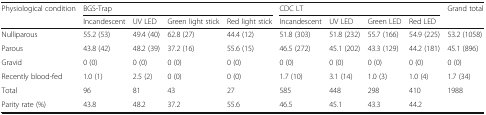
| <ROWSPAN=2> Physiological condition | <COLSPAN=4> BGS-Trap | <COLSPAN=4> CDC LT | <ROWSPAN=2> Grand total |
 | Incandescent | UV LED | Green light stick | Red light stick | Incandescent | UV LED | Green LED | Red LED |
 | --- | --- | --- | --- | --- | --- | --- | --- | --- | --- |
 | Nulliparous | 55.2 (53) | 49.4 (40) | 62.8 (27) | 44.4 (12) | 51.8 (303) | 51.8 (232) | 55.7 (166) | 54.9 (225) | 53.2 (1058) |
 | Parous | 43.8 (42) | 48.2 (39) | 37.2 (16) | 55.6 (15) | 46.5 (272) | 45.1 (202) | 43.3 (129) | 44.2 (181) | 45.1 (896) |
 | Gravid | 0 (0) | 0 (0) | 0 (0) | 0 (0) | 0 (0) | 0 (0) | 0 (0) | 0 (0) | 0 (0) |
 | Recently blood-fed | 1.0 (1) | 2.5 (2) | 0 (0) | 0 (0) | 1.7 (10) | 3.1 (14) | 1.0 (3) | 1.0 (4) | 1.7 (34) |
 | Total | 96 | 81 | 43 | 27 | 585 | 448 | 298 | 410 | 1988 |
 | Parity rate (%) | 43.8 | 48.2 | 37.2 | 55.6 | 46.5 | 45.1 | 43.3 | 44.2 |  |